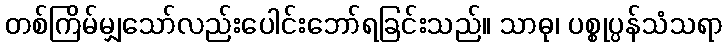
တစ်ကြိမ်မျှသော်လည်းပေါင်းဘော်ရခြင်းသည်။ သာဓု၊ ပစ္စုပ္ပန်သံသရာ